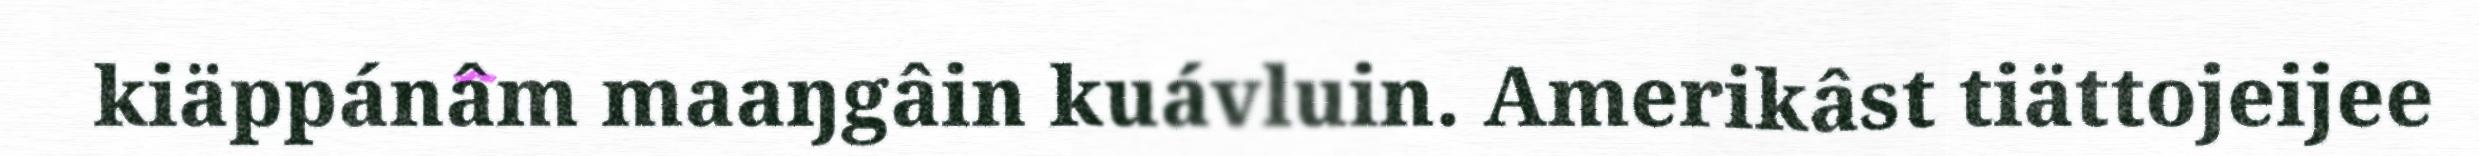
kiäppánâm maaŋgâin kuávluin. Amerikâst tiättojeijee